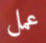
عمل